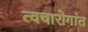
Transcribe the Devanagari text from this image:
त्वचारोगांत